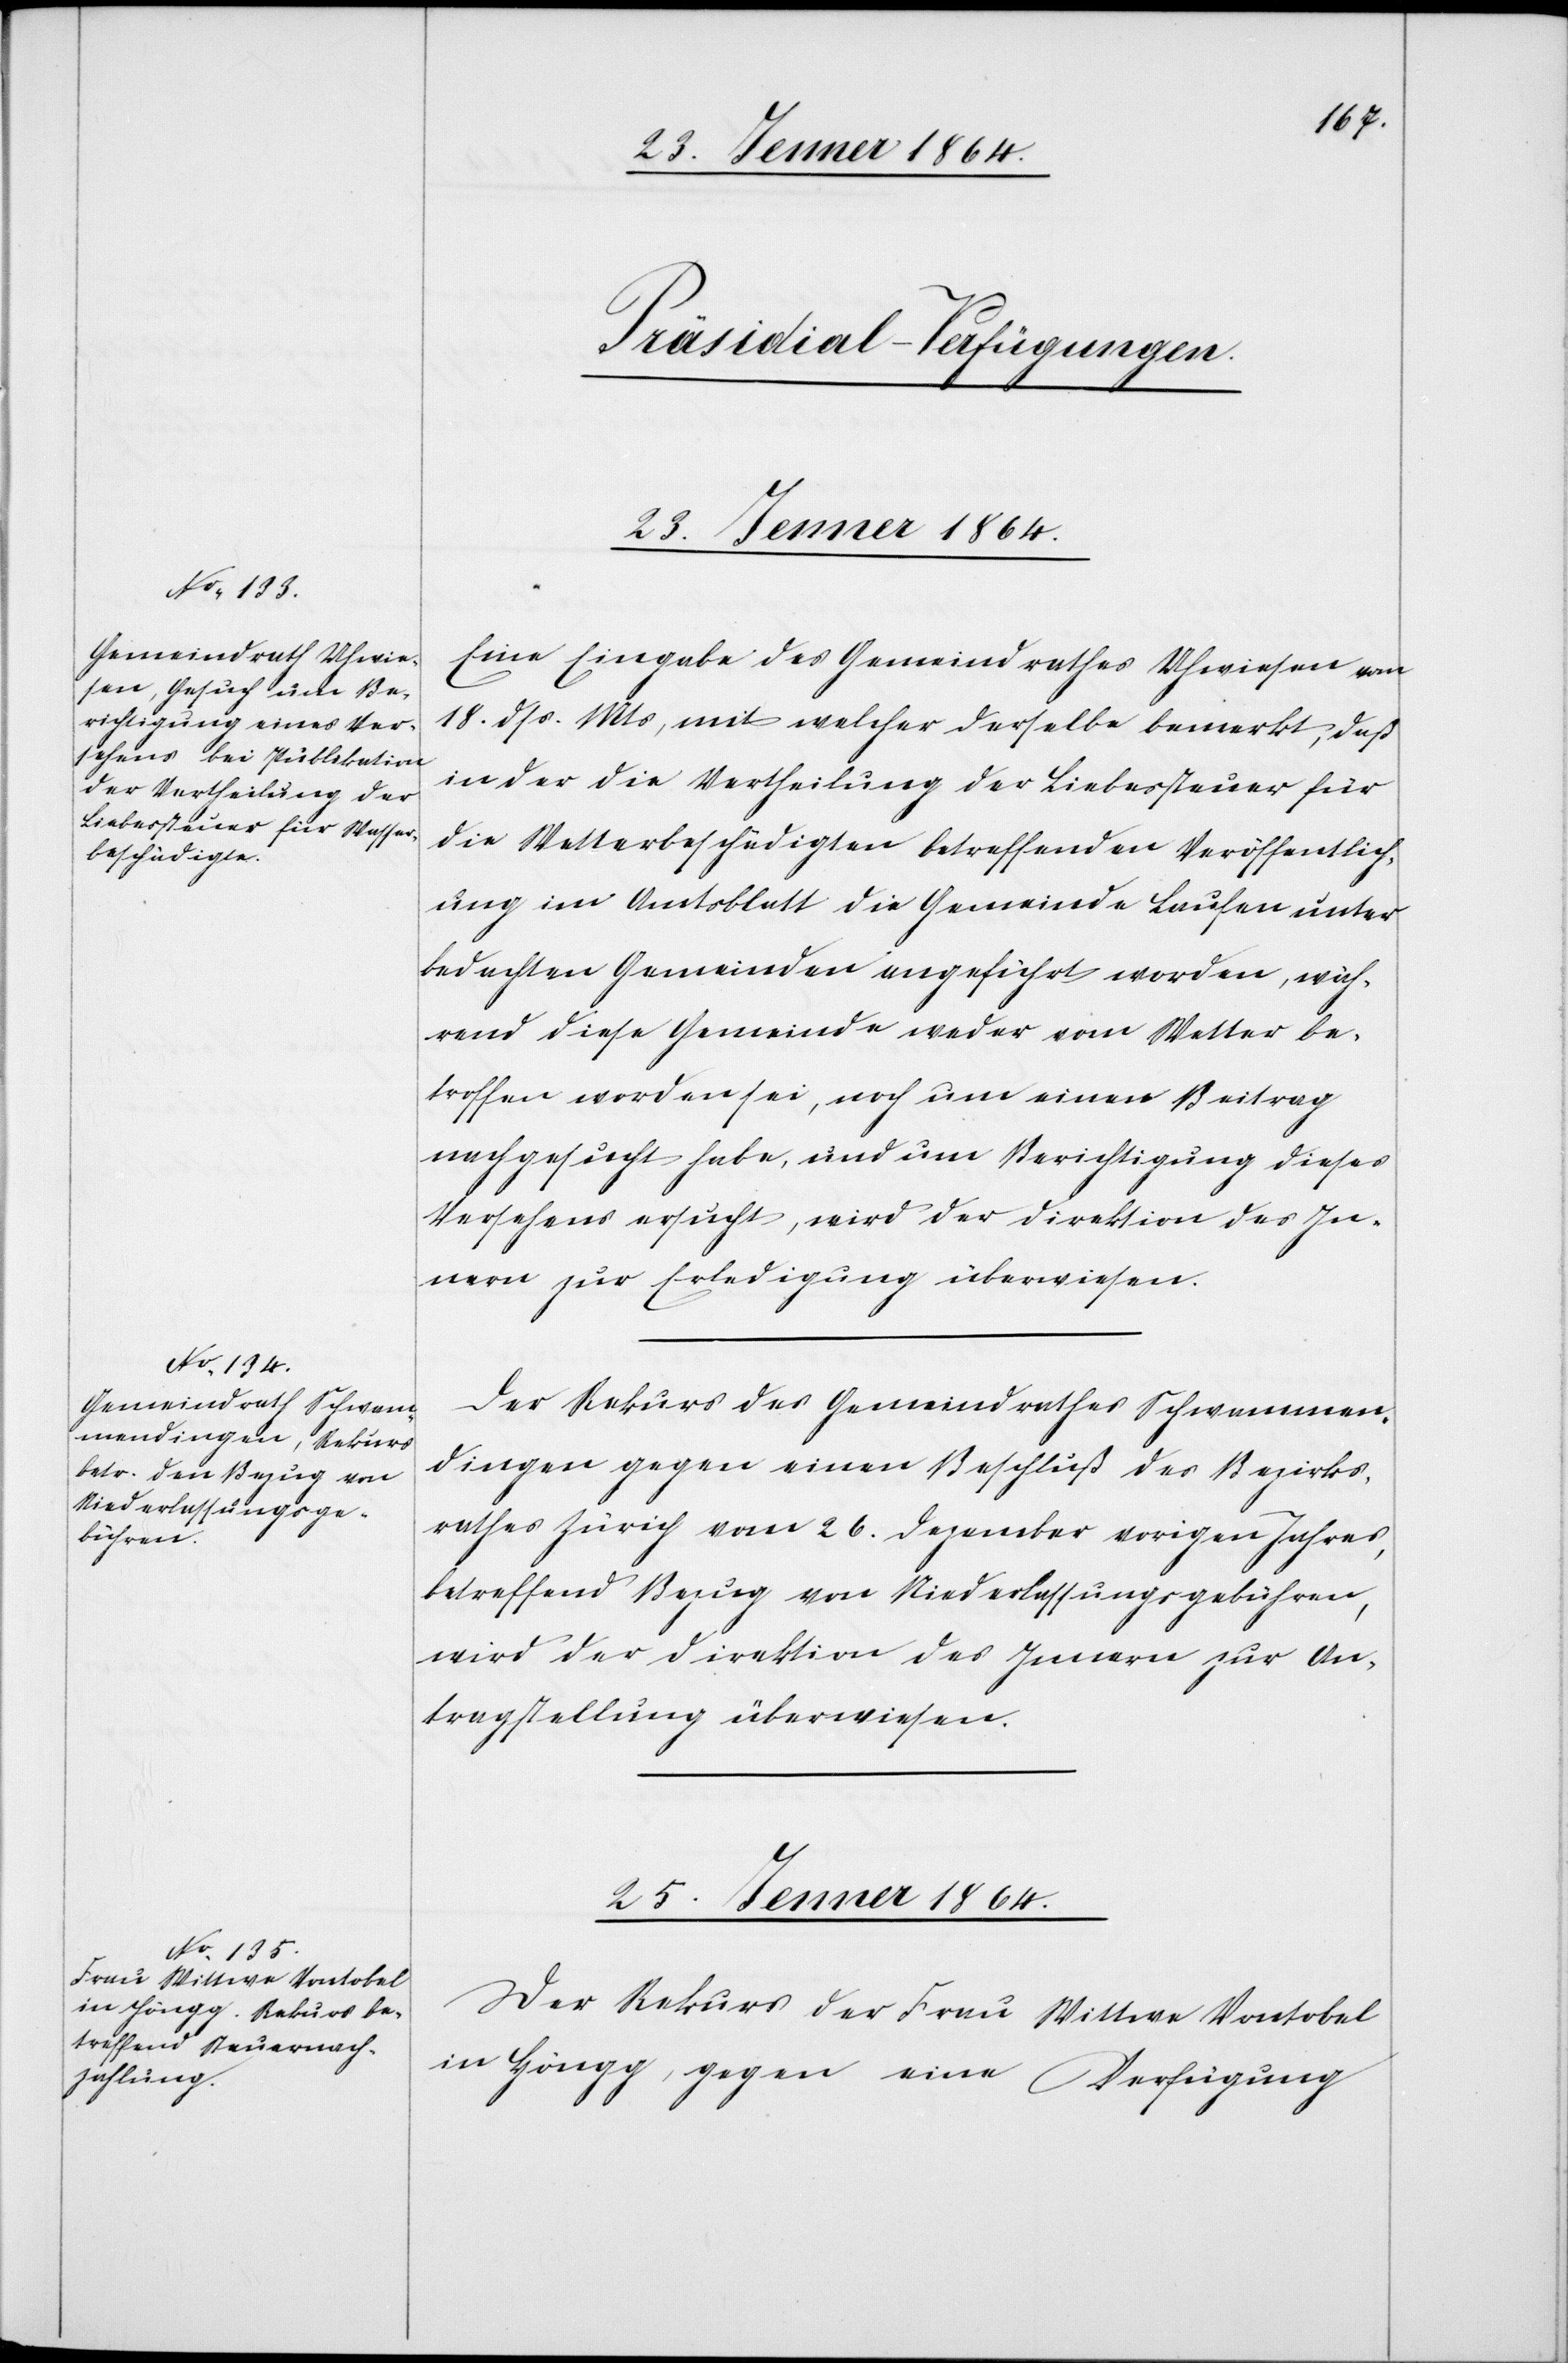
[Präsidial-Verfügungen.]
25. Jenner 1864.
Eine Eingabe des Gemeindrathes Uhwiesen vom
18. dss. Mts, mit welcher derselbe bemerkt, daß
in der die Vertheilung der Liebessteuer für
die Wetterbeschädigten betreffenden Veröffentlich¬
ung im Amtsblatt die Gemeinde Laufen unter
bedachten Gemeinden angeführt worden, wäh¬
rend diese Gemeinde weder vom Wetter be¬
troffen worden sei, noch um einen Beitrag
nachgesucht habe, und um Berichtigung dieses
Versehens ersucht, wird der Direktion des In¬
nern zur Erledigung überwiesen.
Der Rekurs des Gemeindrathes Schwammen¬
dingen gegen einen Beschluß des Bezirks¬
rathes Zürich vom 26. Dezember vorigen Jahres,
betreffend Bezug von Niederlassungsgebühren,
wird der Direktion des Innern zur An¬
tragstellung überwiesen.
Der Rekurs der Frau Wittwe Vontobel
in Höngg, gegen eine Verfügung